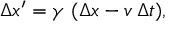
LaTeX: \Delta x ^ { \prime } = \gamma \ ( \Delta x - v \, \Delta t ) ,